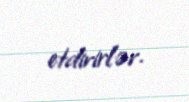
etdirirlər.